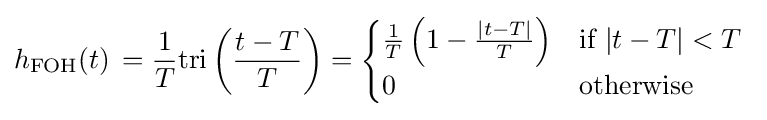
h_{\mathrm {FOH} }(t)\,={\frac {1}{T}}\mathrm {tri} \left({\frac {t-T}{T}}\right)={\begin{cases}{\frac {1}{T}}\left(1-{\frac {|t-T|}{T}}\right)&{\mbox{if }}|t-T|<T\\0&{\mbox{otherwise}}\end{cases}}\